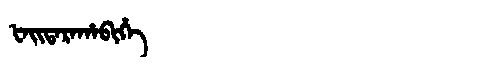
Manchu: ᡶᠠᡳᡨᠠᡵᠠᡥᠠᠪᡳᡥᡝ
Romanization: FAITARAHABIHE